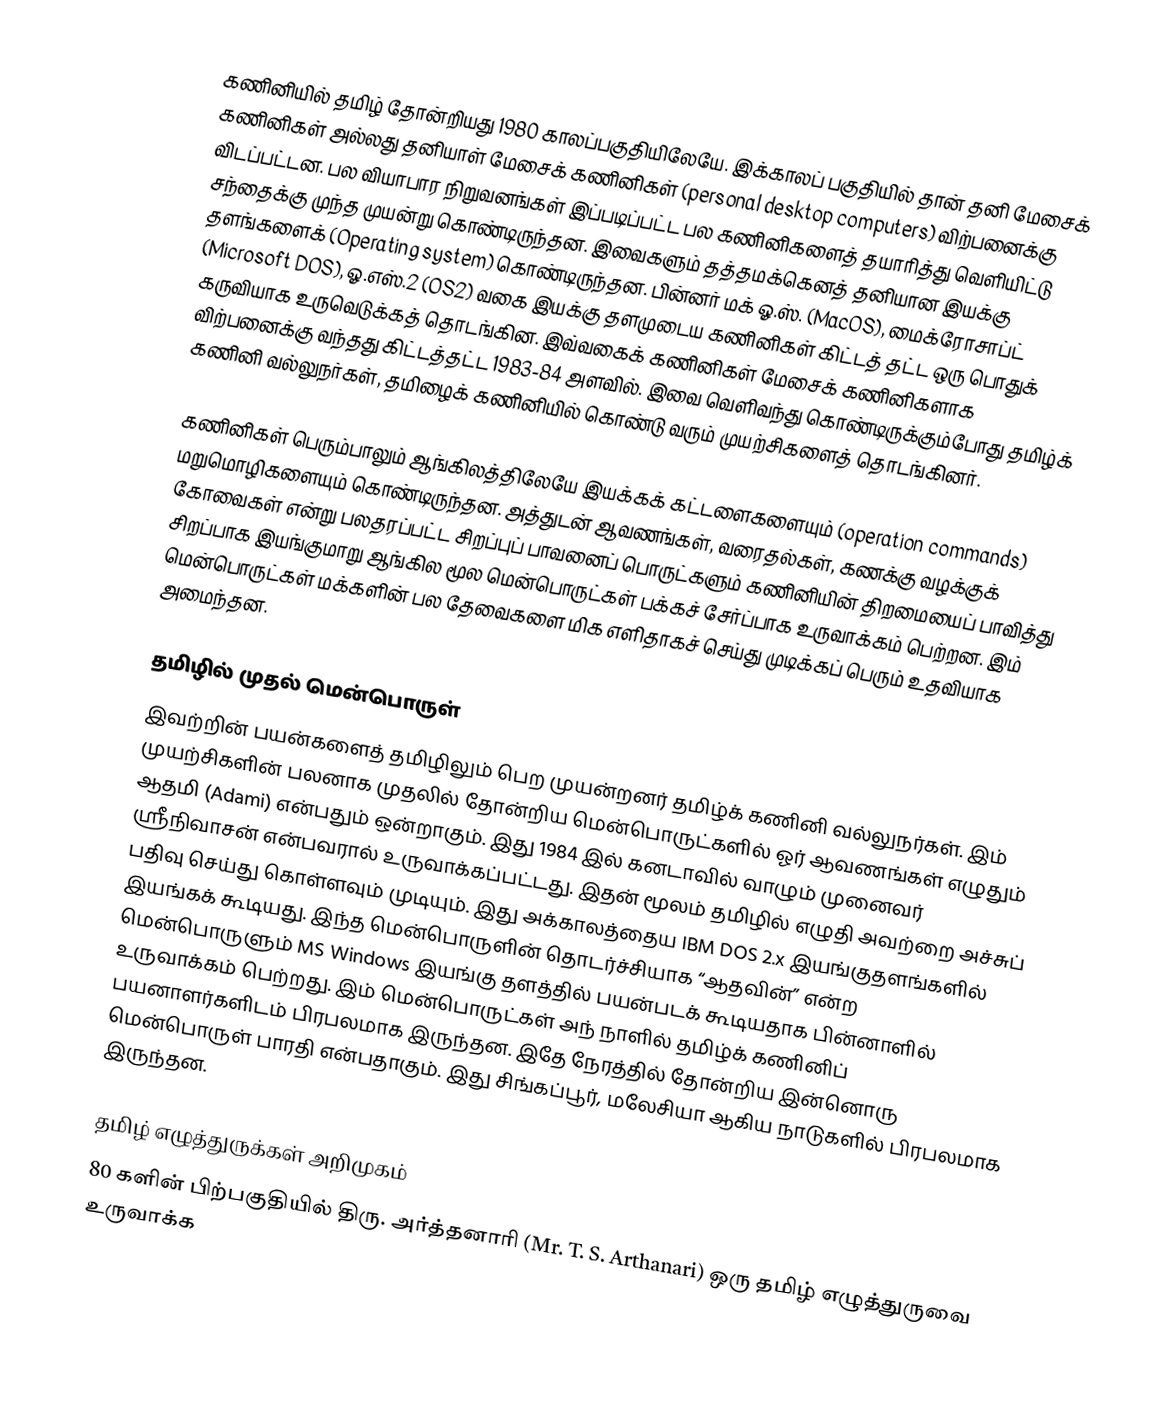
கணினியில் தமிழ் தோன்றியது 1980 காலப்பகுதியிலேயே. இக்காலப் பகுதியில் தான்  தனி மேசைக் கணினிகள் அல்லது தனியாள் மேசைக் கணினிகள் (personal desktop computers) விற்பனைக்கு விடப்பட்டன. பல வியாபார நிறுவனங்கள் இப்படிப்பட்ட பல கணினிகளைத் தயாரித்து வெளியிட்டு சந்தைக்கு முந்த முயன்று கொண்டிருந்தன. இவைகளும் தத்தமக்கெனத் தனியான இயக்கு தளங்களைக் (Operating system) கொண்டிருந்தன. பின்னர் மக் ஓ.ஸ். (MacOS), மைக்ரோசாப்ட் (Microsoft DOS), ஓ.எஸ்.2 (OS2) வகை இயக்கு தளமுடைய கணினிகள் கிட்டத் தட்ட ஒரு பொதுக் கருவியாக உருவெடுக்கத் தொடங்கின. இவ்வகைக் கணினிகள் மேசைக் கணினிகளாக விற்பனைக்கு வந்தது கிட்டத்தட்ட 1983-84 அளவில். இவை வெளிவந்து கொண்டிருக்கும்போது தமிழ்க் கணினி வல்லுநர்கள், தமிழைக் கணினியில் கொண்டு வரும் முயற்சிகளைத் தொடங்கினர்.

கணினிகள் பெரும்பாலும் ஆங்கிலத்திலேயே இயக்கக் கட்டளைகளையும் (operation commands) மறுமொழிகளையும் கொண்டிருந்தன. அத்துடன் ஆவணங்கள், வரைதல்கள், கணக்கு வழக்குக் கோவைகள் என்று பலதரப்பட்ட சிறப்புப் பாவனைப் பொருட்களும் கணினியின் திறமையைப் பாவித்து சிறப்பாக இயங்குமாறு ஆங்கில மூல மென்பொருட்கள் பக்கச் சேர்ப்பாக உருவாக்கம் பெற்றன. இம் மென்பொருட்கள் மக்களின் பல தேவைகளை மிக எளிதாகச் செய்து முடிக்கப் பெரும் உதவியாக அமைந்தன.

தமிழில் முதல் மென்பொருள்
இவற்றின் பயன்களைத் தமிழிலும் பெற முயன்றனர் தமிழ்க் கணினி வல்லுநர்கள். இம் முயற்சிகளின் பலனாக முதலில்  தோன்றிய மென்பொருட்களில் ஓர் ஆவணங்கள் எழுதும் ஆதமி (Adami) என்பதும் ஒன்றாகும். இது 1984 இல் கனடாவில் வாழும் முனைவர் ஸ்ரீநிவாசன் என்பவரால் உருவாக்கப்பட்டது. இதன் மூலம் தமிழில் எழுதி அவற்றை அச்சுப் பதிவு செய்து கொள்ளவும் முடியும். இது அக்காலத்தைய IBM DOS 2.x இயங்குதளங்களில் இயங்கக் கூடியது. இந்த மென்பொருளின் தொடர்ச்சியாக “ஆதவின்” என்ற மென்பொருளும் MS Windows இயங்கு தளத்தில் பயன்படக் கூடியதாக பின்னாளில் உருவாக்கம் பெற்றது. இம் மென்பொருட்கள் அந் நாளில் தமிழ்க் கணினிப் பயனாளர்களிடம் பிரபலமாக இருந்தன. இதே நேரத்தில் தோன்றிய இன்னொரு மென்பொருள் பாரதி என்பதாகும். இது சிங்கப்பூர், மலேசியா ஆகிய நாடுகளில் பிரபலமாக இருந்தன.

தமிழ் எழுத்துருக்கள் அறிமுகம்
80 களின் பிற்பகுதியில் திரு. அர்த்தனாரி (Mr. T. S. Arthanari) ஒரு தமிழ் எழுத்துருவை உருவாக்க